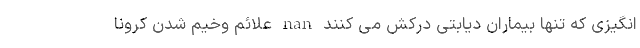
انگیزی که تنها بیماران دیابتی درکش می کنند nan علائم وخیم شدن کرونا